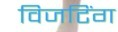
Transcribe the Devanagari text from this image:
विजटिंग